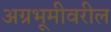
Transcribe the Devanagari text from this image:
अग्रभूमीवरील